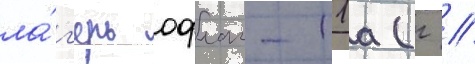
ла́г'ерь офлаг-11а (г //